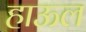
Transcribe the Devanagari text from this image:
हाऊल